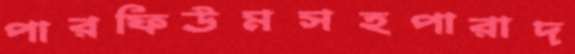
পারফিউমসহপারাদ